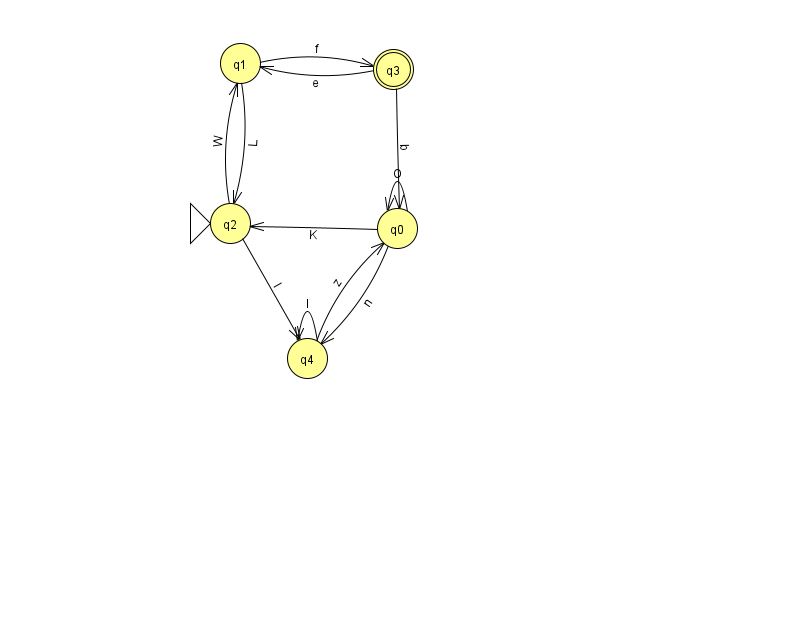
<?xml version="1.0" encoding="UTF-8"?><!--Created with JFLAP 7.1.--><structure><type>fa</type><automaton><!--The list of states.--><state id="0" name="q0"><x>397.0</x><y>215.0</y></state><state id="1" name="q1"><x>240.0</x><y>50.0</y></state><state id="2" name="q2"><x>230.0</x><y>210.0</y><initial/></state><state id="3" name="q3"><x>393.0</x><y>56.0</y><final/></state><state id="4" name="q4"><x>307.0</x><y>345.0</y></state><!--The list of transitions.--><transition><from>0</from><to>4</to><read>n</read></transition><transition><from>0</from><to>2</to><read>K</read></transition><transition><from>4</from><to>0</to><read>z</read></transition><transition><from>2</from><to>1</to><read>W</read></transition><transition><from>3</from><to>0</to><read>b</read></transition><transition><from>4</from><to>4</to><read>l</read></transition><transition><from>1</from><to>2</to><read>L</read></transition><transition><from>1</from><to>3</to><read>f</read></transition><transition><from>2</from><to>4</to><read>l</read></transition><transition><from>3</from><to>1</to><read>e</read></transition><transition><from>0</from><to>0</to><read>O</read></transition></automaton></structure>